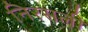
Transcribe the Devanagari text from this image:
निरसली